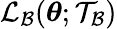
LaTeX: \mathcal{L}_{\mathcal{B}}(\boldsymbol{\theta};\mathcal{T}_{\mathcal{B}})